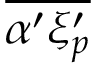
\overline { { \alpha ^ { \prime } \xi _ { p } ^ { \prime } } }